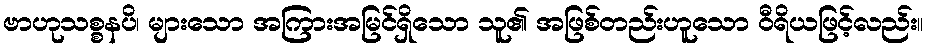
ဗာဟုသစ္စနပိ၊ များသော အကြားအမြင်ရှိသော သူ၏ အဖြစ်တည်းဟူသော ဝီရိယဖြင့်လည်း။